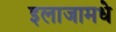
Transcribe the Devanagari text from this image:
इलाजामधे